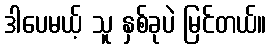
ဒါပေမယ့် သူ နှစ်ခုပဲ မြင်တယ်။